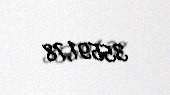
35591,78